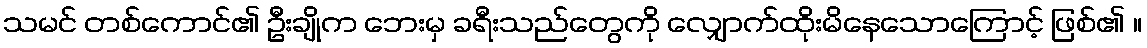
သမင် တစ်ကောင်၏ ဦးချိုက ဘေးမှ ခရီးသည်တွေကို လျှောက်ထိုးမိနေသောကြောင့် ဖြစ်၏ ။